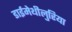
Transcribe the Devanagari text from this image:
डाईमेथीलुरिया